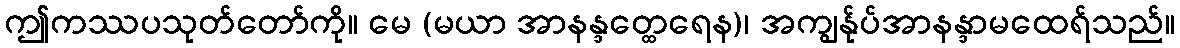
ဤကဿပသုတ်တော်ကို။ မေ (မယာ အာနန္ဒတ္ထေရေန)၊ အကျွန်ုပ်အာနန္ဒာမထေရ်သည်။